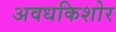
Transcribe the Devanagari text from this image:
अवधकिशोर